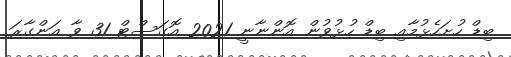
ބިޑް ހުށަހެޅުމާއި ބިޑް ހުޅުވުން އޮންނާނީ 2021 އޮގަސްޓް 31 ވާ އަންގާރަ